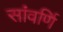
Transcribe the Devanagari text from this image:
सांवर्णि